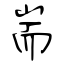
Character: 耑